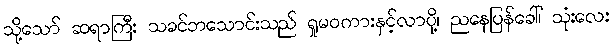
သို့သော် ဆရာကြီး သခင်ဘသောင်းသည် ရှုမဝကားနှင့်လာပို့၊ ညနေပြန်ခေါ်၊ သုံးလေး